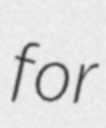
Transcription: for